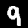
Label: 9